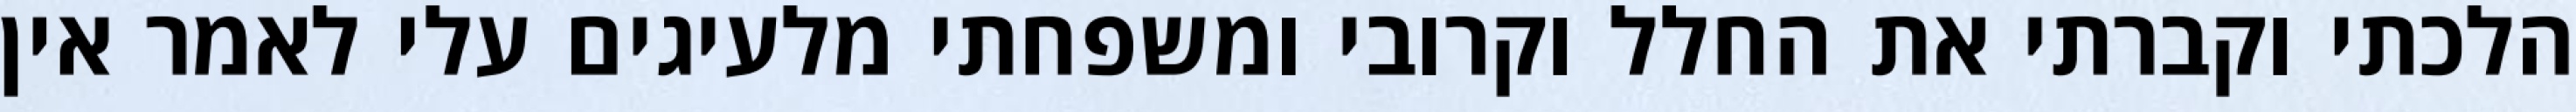
הלכתי וקברתי את החלל וקרובי ומשפחתי מלעיגים עלי לאמר אין